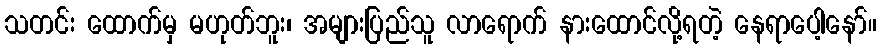
သတင်း ထောက်မှ မဟုတ်ဘူး၊ အများပြည်သူ လာရောက် နားထောင်လို့ရတဲ့ နေရာပေါ့နော်။